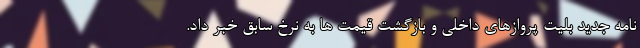
نامه جدید بلیت پروازهای داخلی و بازگشت قیمت ها به نرخ سابق خبر داد.